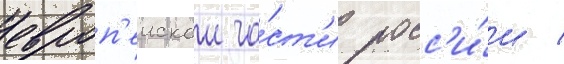
европ'еискои ча́ст'и росс'и́и /